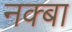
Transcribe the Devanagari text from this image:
नक्बा